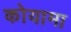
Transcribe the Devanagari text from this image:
कोयामा